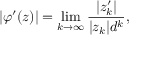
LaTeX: | \varphi ^ { \prime } ( z ) | = \operatorname* { l i m } _ { k \to \infty } { \frac { | z _ { k } ^ { \prime } | } { | z _ { k } | d ^ { k } } } ,